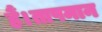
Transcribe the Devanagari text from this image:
हैं।तापमान